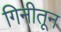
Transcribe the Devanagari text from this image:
गिनीतून